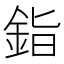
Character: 𬫏